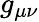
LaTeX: {g}_{\mu\nu}